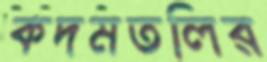
কদমতলির